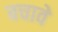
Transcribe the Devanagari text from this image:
बचावे